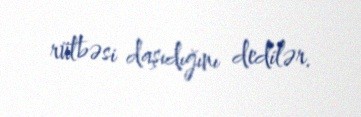
rütbəsi daşıdığını dedilər.